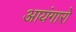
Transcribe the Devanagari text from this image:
आयंगारों